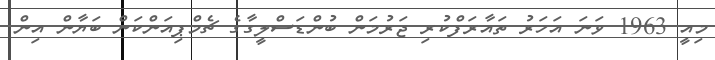
މިއީ 1963 ވަނަ އަހަރު ތައާރަފްކުރި ޖަރުމަން ބުންޑަސްލީގާގެ ޗެމްޕިއަންކަން ބަޔާން އިން